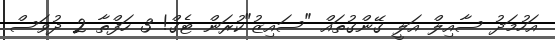
އަހުމަދު ސާއިލް އަލީ ގޭންގުތައް "ސައިޒު"ކުރަން ޓެގް! 3 ހަފްތާ 2 ދުވަސް